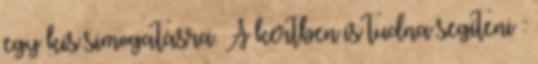
egy kis simogatásra. A kertben is tudna segíteni :